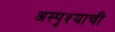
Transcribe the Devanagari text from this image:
अस्पृश्याची